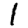
Digit: 1